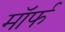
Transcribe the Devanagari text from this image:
मॉर्फ